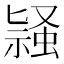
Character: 𬠛